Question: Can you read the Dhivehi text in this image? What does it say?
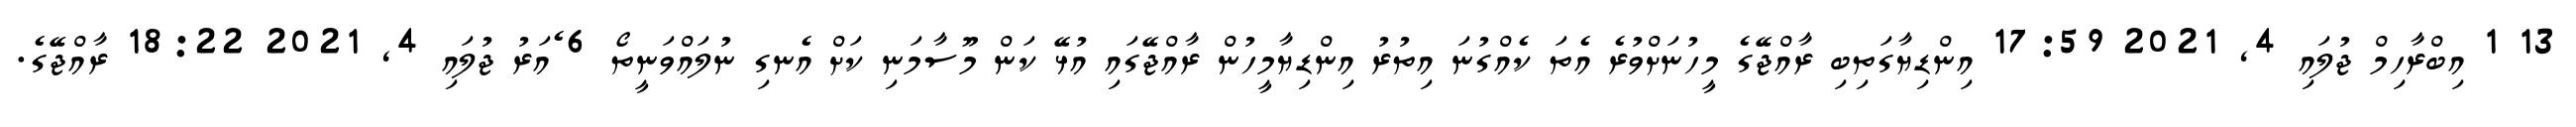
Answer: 13 1 އިބްރާހިމް ޖުލައި 4, 2021 17:59 އިންޑިޔާގަތިބި ރާއްޖޭގެ މީހުނަށްވުރެ އެތަ ކެއްގުނަ އިތުރު އިންޑިޔާމީހުން ރާއްޖޭގައި އުޅޭ ކަން މޫސާމަނި ކަށް އެނގި ނުލައްވަނީތޯ 6 ެއަރު ޖުލައި 4, 2021 18:22 ރާއްޖޭގެ.